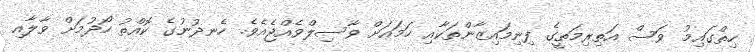
ހިތްގައިމު ވަސް އަތިރިމަތީގެ ފިނިމައިޒާންތަކާއި ހަމައަށް ވާސިލްވެއްޖެއެވެ. ހެނދުނުގެ ކޮއްތު ހޯދުމަށް ވާލާއި